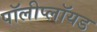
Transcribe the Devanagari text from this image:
पॉलीप्लॉयड